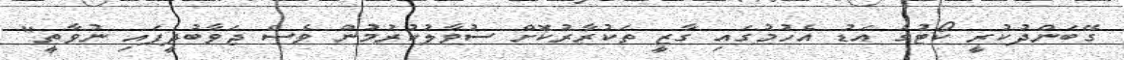
ގޭބަންދުކުރީ ކޯޓުގެ އަޑު އެހުމުގައި ގާޒީ ތަކުރާރުކޮށް ސުވާލުކުރުމުން ވެސް ޖަވާބުދީފައި ނުވާތީ"